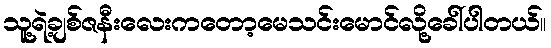
သူ့ရဲ့ချစ်ဇနီးလေးကတော့မေသင်းမောင်လို့ခေါ်ပါတယ်။